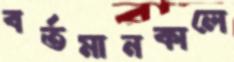
বর্তমানকালে